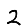
Digit: 2